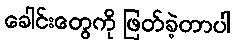
ခေါင်းတွေကို ဖြတ်ခဲ့တာပါ